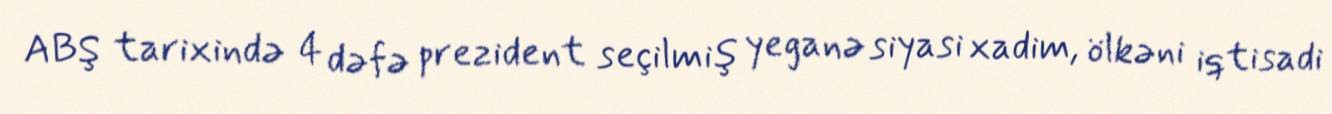
ABŞ tarixində 4 dəfə prezident seçilmiş yeganə siyasi xadim, ölkəni iqtisadi